Trukikaitis_Postimees, lk 7
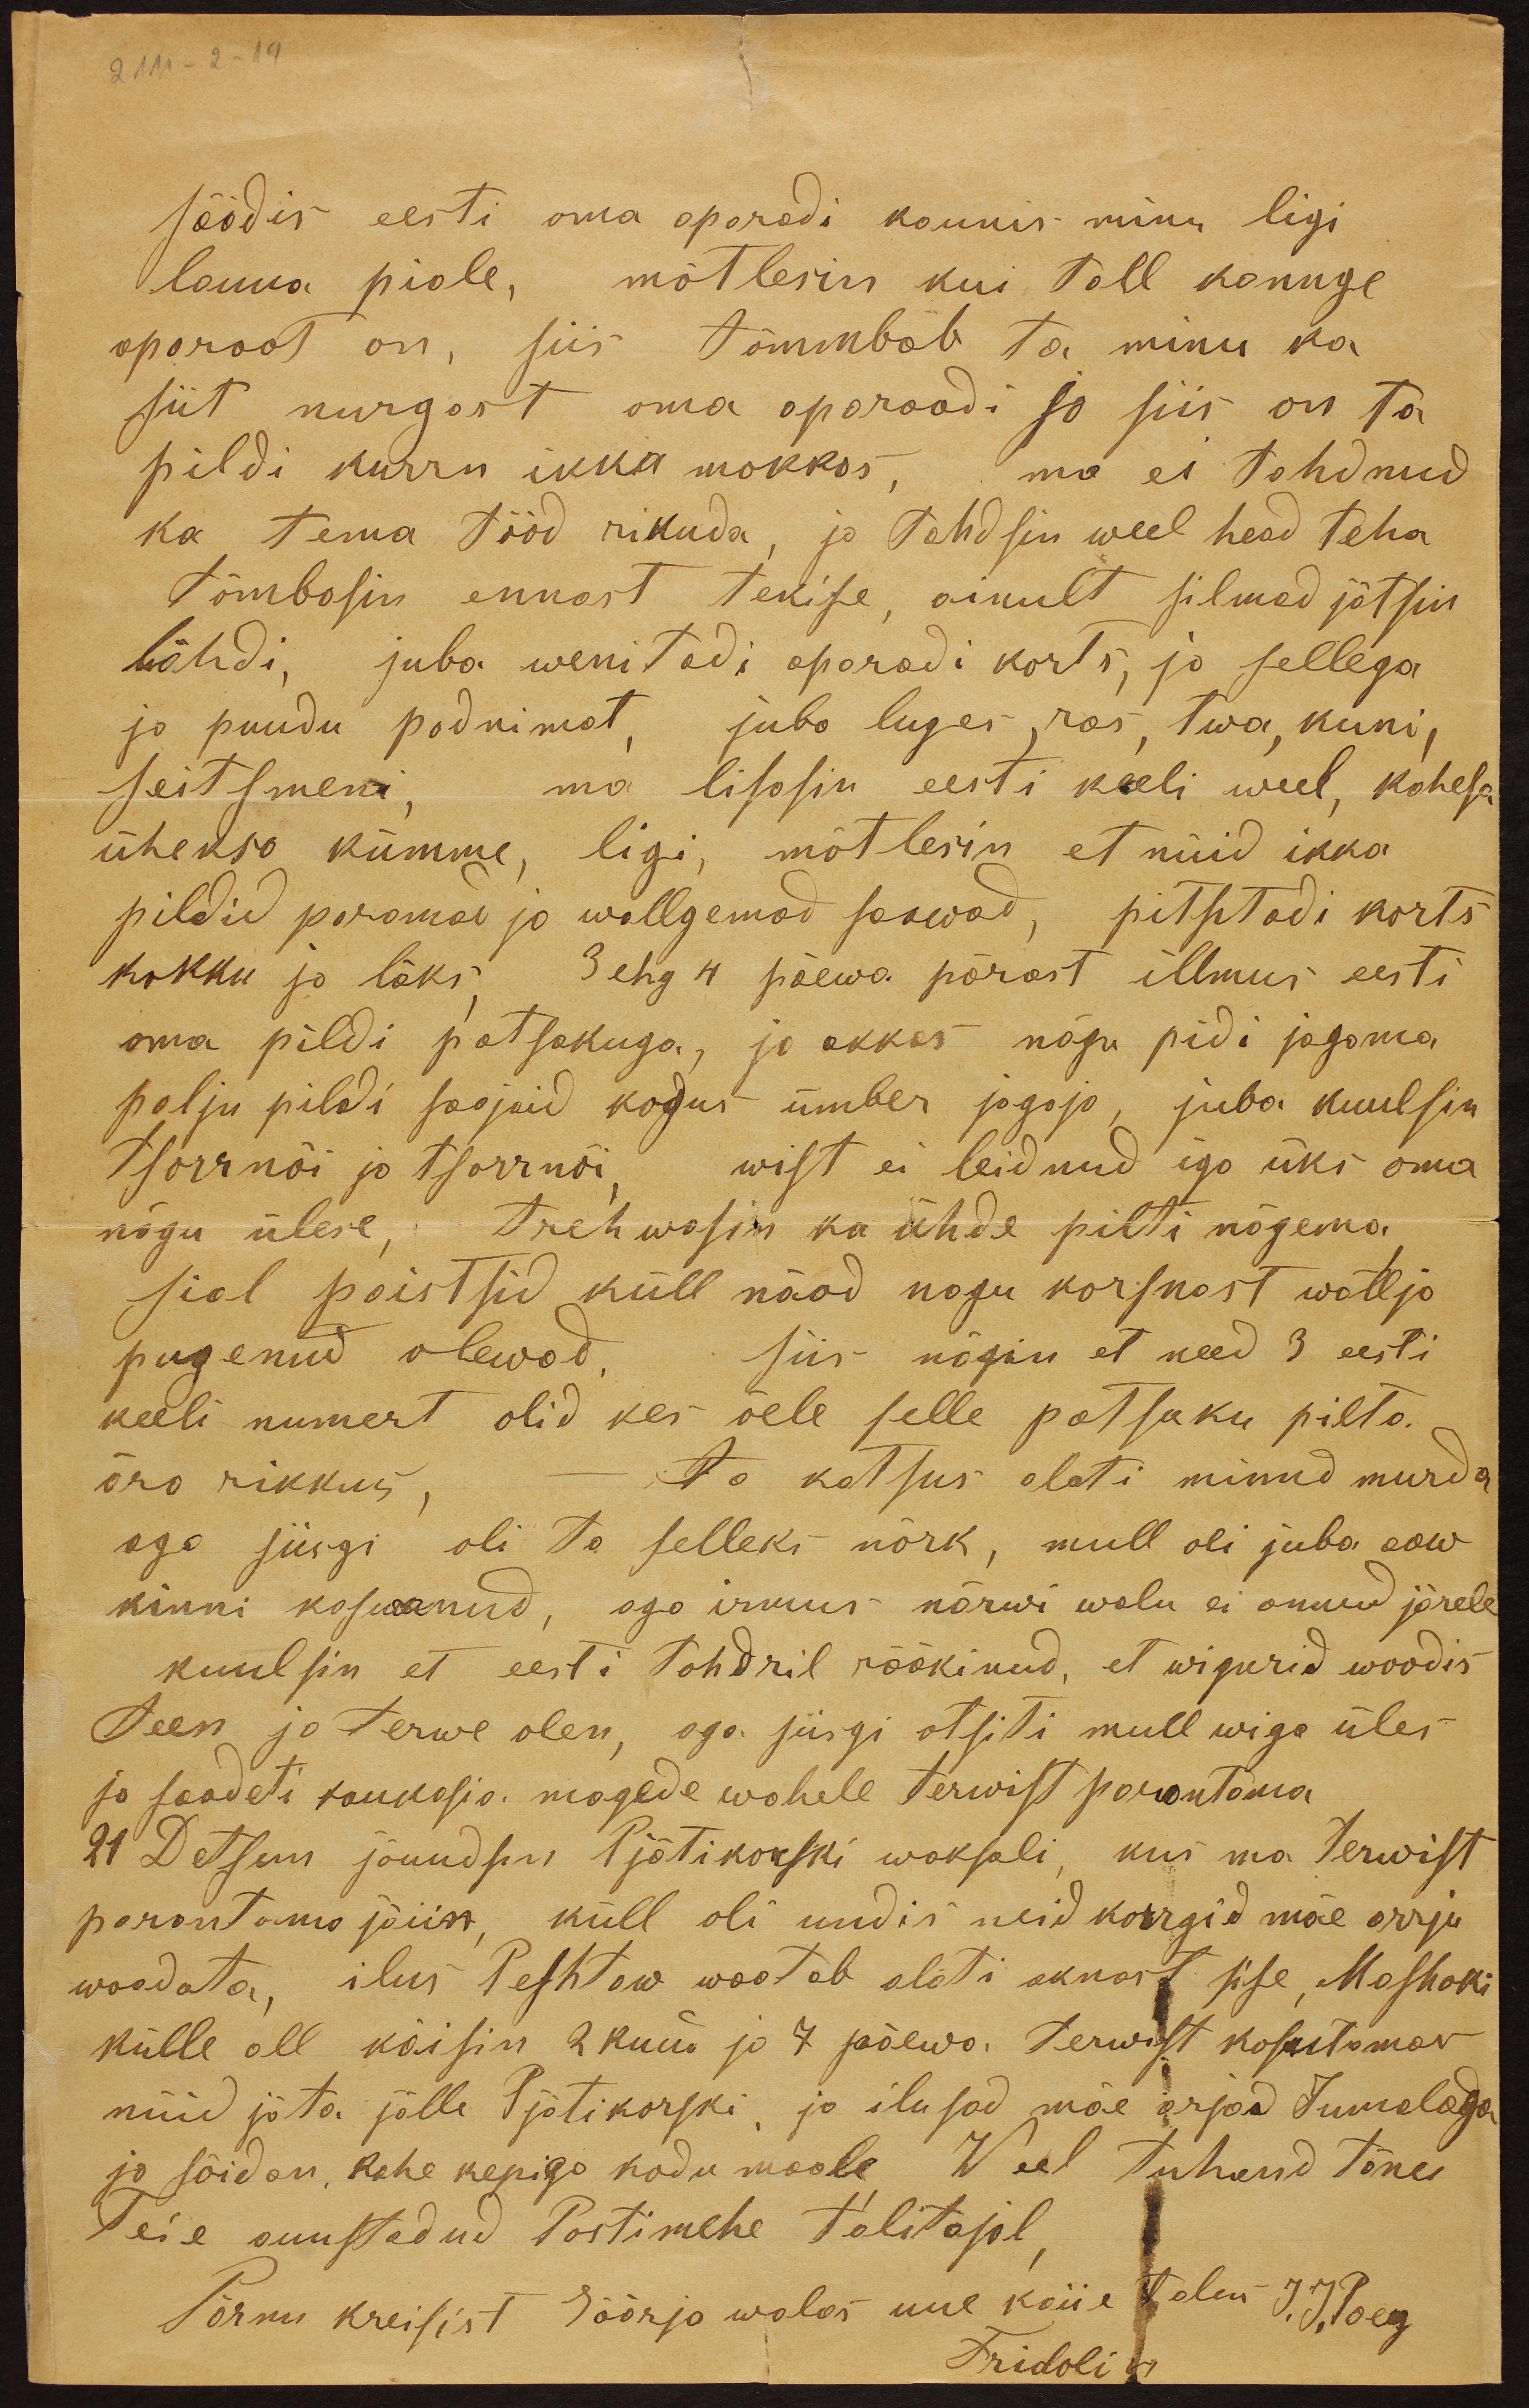
2111-2-19
säädis eesti oma aparadi kaunis minu ligi
lauua piale, mõtlesin kui tall kannge
aparaat on, siis tõmmbab ta minu ka
siit nurgast oma aparaadi ja siis on ta
pildi kurru ikka mokkas, ma ei tahdnud
ka tema tööd rikuda, ja tahdsin weel head teha,
tõmbasin ennast tekise, ainult silmad jätsis
lähdi, juba wenitadi aparadi korts, ja sellega
ja puudu podnimat, juba luges, ras, twa, kuni,
seitsmeni, ma lisasin eesti keeli weel, kahesa
üheksa kümme, ligi, mõtlesin et nüid ikka
pildid paremad ja walligemad saawad, pitsitadi korts
kokku ja läks, 3 ehg 4 päewa pärast illmus eesti
oma pildi patsakuga, ja akkas nägu pidi jagema
palju pildi saajaid kogus ümber jagaja, juba kuulsin
tsorrnõi ja tsorrnõi wist ei leidnud iga üks oma
nägu ülese, trehwasin ka ühde pilti nägema.
sial paistsid küll näod nagu korsnast wällja
pugenud olewad, siis nägin et need 3 eesti
keeli numert olid kes õele selle patsaku pilta
ära rikkus,
- ta katsus oleti minud murda
aga siisgi oli ta selleks nõrk, mull oli juba aaw
kinni kaswanud, aga irmus närwi walu ei annud järele
kuulsin et eesti tohdril rääkinud, et wigurid woodis
teen ja terwe olen, aga siisgi otsiti mull wiga üles
ja saadeti kaukasia mägede wahele terwist parantama
21 Detsem jõuudsin Pjätikorski waksali, kus ma terwist
parantama jäiin, küll oli uudis neid korrgid mäe arrju
waadata, ilus Peshtow waatab alati aknast sise, Mashoki
külle all käisin 2 kuud ja 7 päewa. Terwist kosutaman
nüüd jäta jälle Pjätikorski ja ilusad mäe arjad Jumalaga
ja sõidan, kahe kepiga kodumaale. Weel tuhand tänu
Teie auustadud Postimehe talitajal
Pärnu kreisist Säärja walas uue koiie talus J. J. Poeg
Fridolin